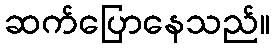
ဆက်ပြောနေသည်။